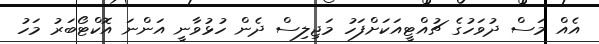
އެއް މަސް ދުވަހުގެ ޗުއްޓީއަކަށްފަހު މަޖިލިސް ދެން ހުޅުވާނީ އަންނަ އޮކްޓޯބަރު މަހު